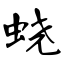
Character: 蛲